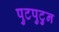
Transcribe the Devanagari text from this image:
पुटपुटुन